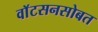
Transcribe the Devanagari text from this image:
वाॅटसनसोबत